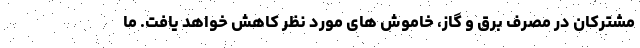
مشترکان در مصرف برق و گاز، خاموش های مورد نظر کاهش خواهد یافت. ما